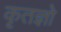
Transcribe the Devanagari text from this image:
कृतज्ञो